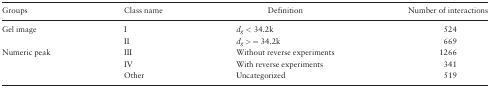
<table><thead><tr><td><b>Groups</b></td><td><b>Class name</b></td><td><b>Definition</b></td><td><b>Number of interactions</b></td></tr></thead><tbody><tr><td rowspan="2">Gel image</td><td>I</td><td><i>d<sub>g</sub></i> &lt; 34.2k</td><td>524</td></tr><tr><td>II</td><td><i>d<sub>g</sub></i> &gt; = 34.2k</td><td>669</td></tr><tr><td rowspan="2">Numeric peak</td><td>III</td><td>Without reverse experiments</td><td>1266</td></tr><tr><td>IV</td><td>With reverse experiments</td><td>341</td></tr><tr><td></td><td>Other</td><td>Uncategorized</td><td>519</td></tr></tbody></table>